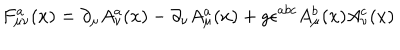
F _ { \mu \nu } ^ { a } ( x ) = \partial _ { \mu } A _ { \nu } ^ { a } ( x ) - \partial _ { \nu } A _ { \mu } ^ { a } ( x ) + g \epsilon ^ { a b c } A _ { \mu } ^ { b } ( x ) A _ { \nu } ^ { c } ( x )